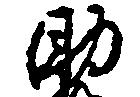
助